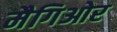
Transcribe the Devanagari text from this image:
मैगिओर